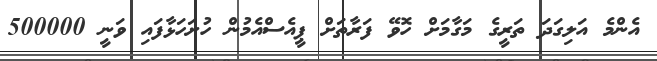
އެންމެ އަލިގަދަ ތަރީގެ މަގާމަށް ހޮވޭ ފަރާތަަށް ޕީއެސްއެމުން ހުށަހަޅާފައި ވަނީ 500000